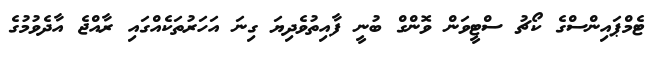
ޓެމްޕައިންސްގެ ކޯޗު ސްޓީވަން ވޮންގް ބުނީ ފާއިތުވެދިޔަ ގިނަ އަހަރުތަކެއްގައި ރާއްޖެ އާދެވުމުގެ